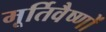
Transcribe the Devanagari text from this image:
मूर्तिवैष्णों